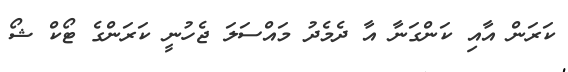
ކަރަން އާއި ކަންގަނާ އާ ދެމެދު މައްސަލަ ޖެހުނީ ކަރަންގެ ޓޯކް ޝޯ